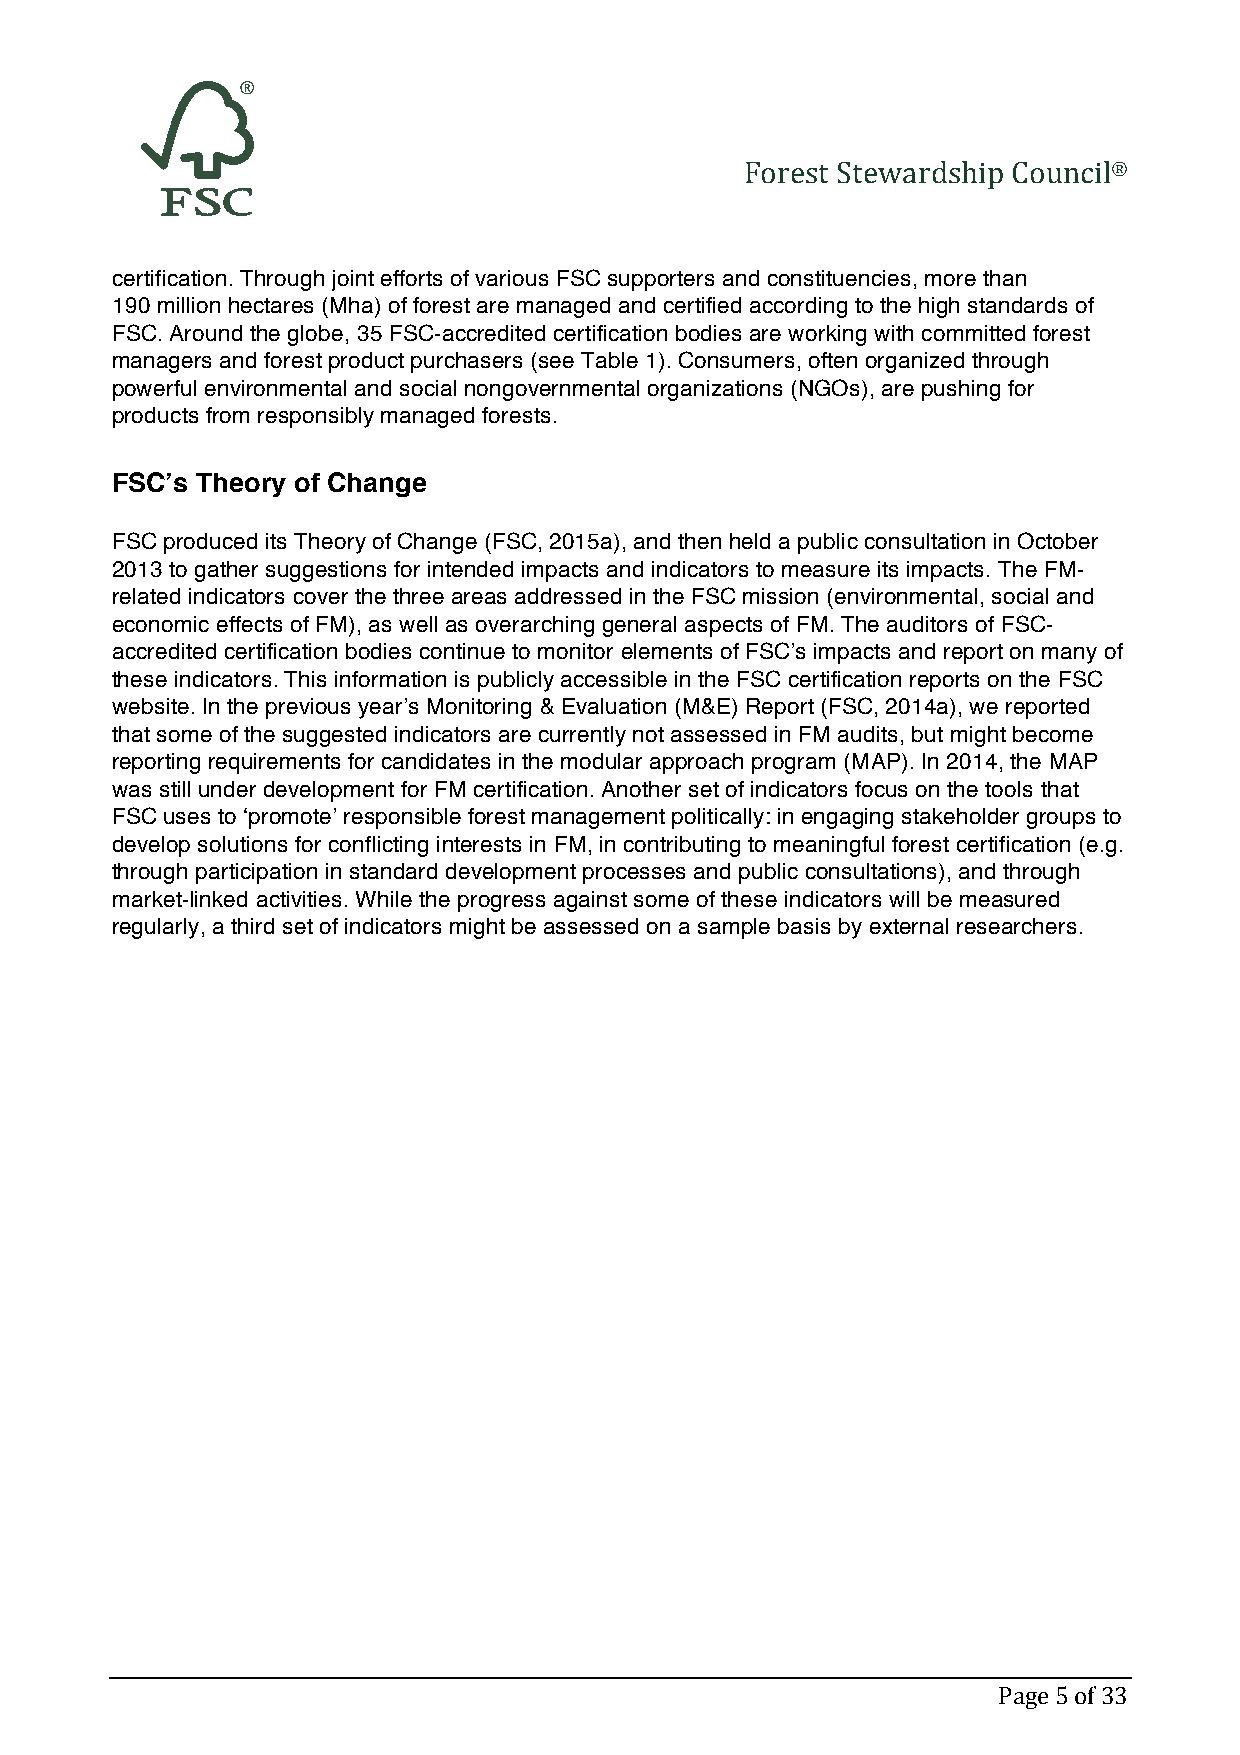
Forest Stewardship Council®
 certification. Through joint efforts of various FSC supporters and constituencies, more than
 190 million hectares (Mha) of forest are managed and certified according to the high standards of
 FSC. Around the globe, 35 FSC-accredited certification bodies are working with committed forest
 managers and forest product purchasers (see Table 1). Consumers, often organized through
 powerful environmental and social nongovernmental organizations (NGOs), are pushing for
 products from responsibly managed forests.
 FSC’s Theory of Change
 FSC produced its Theory of Change (FSC, 2015a), and then held a public consultation in October
 2013 to gather suggestions for intended impacts and indicators to measure its impacts. The FM-
 related indicators cover the three areas addressed in the FSC mission (environmental, social and
 economic effects of FM), as well as overarching general aspects of FM. The auditors of FSC-
 accredited certification bodies continue to monitor elements of FSC’s impacts and report on many of
 these indicators. This information is publicly accessible in the FSC certification reports on the FSC
 website. In the previous year’s Monitoring & Evaluation (M&E) Report (FSC, 2014a), we reported
 that some of the suggested indicators are currently not assessed in FM audits, but might become
 reporting requirements for candidates in the modular approach program (MAP). In 2014, the MAP
 was still under development for FM certification. Another set of indicators focus on the tools that
 FSC uses to ‘promote’ responsible forest management politically: in engaging stakeholder groups to
 develop solutions for conflicting interests in FM, in contributing to meaningful forest certification (e.g.
 through participation in standard development processes and public consultations), and through
 market-linked activities. While the progress against some of these indicators will be measured
 regularly, a third set of indicators might be assessed on a sample basis by external researchers.
 Page 5 of 33